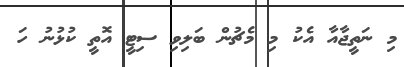
މި ނަތީޖާއާ އެކު މި މެޗުން ބަލިވި ސިޓީ އޮތީ ކުޅުނު ހަ